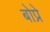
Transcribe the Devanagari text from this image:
बोप्रे